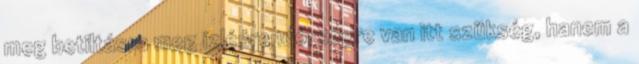
meg betiltásra meg ízlésrendőrségre van itt szükség, hanem a